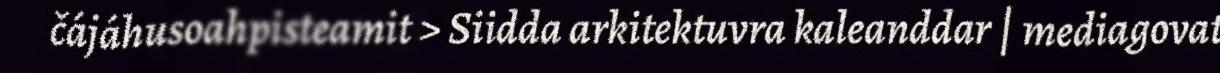
čájáhusoahpisteamit > Siidda arkitektuvra kaleanddar | mediagovat